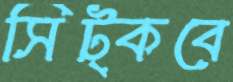
সিট্‌কবে